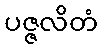
ပဇ္ဇလိတံ